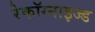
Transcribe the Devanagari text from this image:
रेकॉग्नाइज्ड